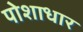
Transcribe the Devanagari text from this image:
पोशाधार